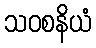
သဝစနိယံ